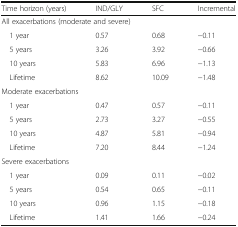
| Time horizon (years) | IND/GLY | SFC | Incremental |
 | --- | --- | --- | --- |
 | <COLSPAN=4> All exacerbations (moderate and severe) |
 | 1 year | 0.57 | 0.68 | −0.11 |
 | 5 years | 3.26 | 3.92 | −0.66 |
 | 10 years | 5.83 | 6.96 | −1.13 |
 | Lifetime | 8.62 | 10.09 | −1.48 |
 | <COLSPAN=4> Moderate exacerbations |
 | 1 year | 0.47 | 0.57 | −0.11 |
 | 5 years | 2.73 | 3.27 | −0.55 |
 | 10 years | 4.87 | 5.81 | −0.94 |
 | Lifetime | 7.20 | 8.44 | −1.24 |
 | <COLSPAN=4> Severe exacerbations |
 | 1 year | 0.09 | 0.11 | −0.02 |
 | 5 years | 0.54 | 0.65 | −0.11 |
 | 10 years | 0.96 | 1.15 | −0.18 |
 | Lifetime | 1.41 | 1.66 | −0.24 |